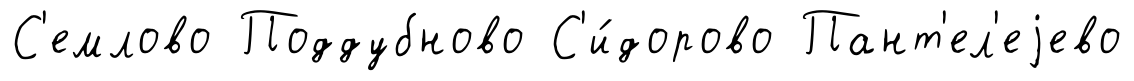
С'емлово Поддубново С'и́дорово Пант'ел'еjево